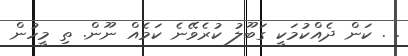
. . ކަން ދެއްކުމަކީ ގަބޫލު ކުރެވޭނެ ކަމެއް ނޫން. ތި މީހުން